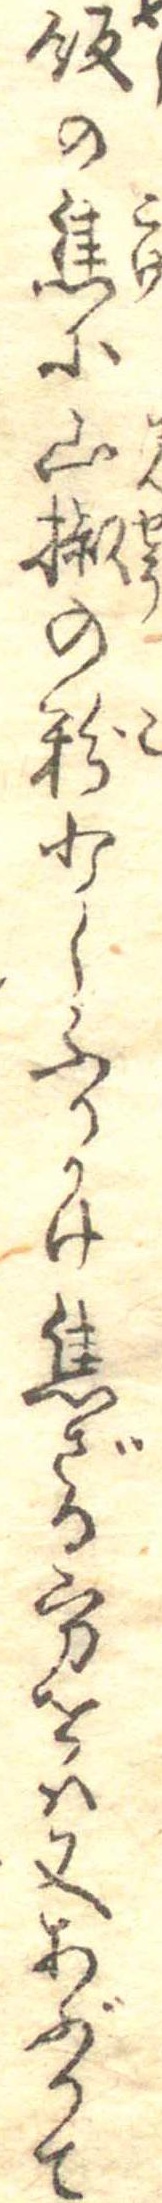
飯の焦に山椒の粉少しふりかけ焦ざる方をは又あぶりて